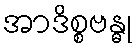
အာဒိစ္စဗန္ဓု